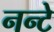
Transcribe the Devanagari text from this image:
नन्टे